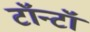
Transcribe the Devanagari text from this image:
टॉन्टॉ